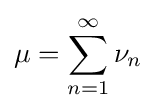
\mu =\sum _{n=1}^{\infty }\nu _{n}